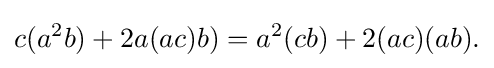
\displaystyle {c(a^{2}b)+2a(ac)b)=a^{2}(cb)+2(ac)(ab).}